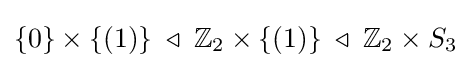
\{0\}\times \{(1)\}\;\triangleleft \;\mathbb {Z} _{2}\times \{(1)\}\;\triangleleft \;\mathbb {Z} _{2}\times S_{3}